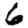
Digit: 6